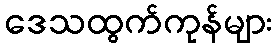
ဒေသထွက်ကုန်များ